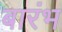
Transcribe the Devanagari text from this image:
बारंभ